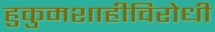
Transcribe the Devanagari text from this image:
हुकुमशाहीविरोधी